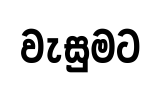
වැසුමට